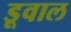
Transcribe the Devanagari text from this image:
डूवाल